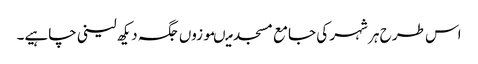
اس طرح ہر شہر کی جامع مسجد میںموزوں جگہ دیکھ لینی چاہیے۔